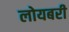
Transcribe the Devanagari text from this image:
लोयबरी